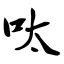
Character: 呔